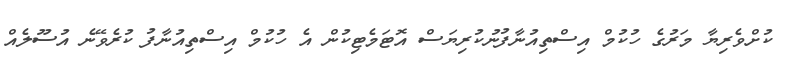
ކުށްވެރިޔާ މަރުގެ ހުކުމް އިސްތިއުނާފުނުކުރިޔަސް އޮޓަމެޓިކުން އެ ހުކުމް އިސްތިއުނާފު ކުރެވޭނެ އުސޫލެއް